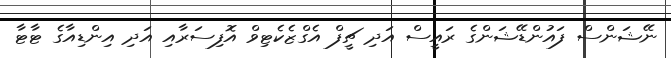
ނޭޝަންސް ފައުންޑޭޝަންގެ ރައީސް އަދި ޗީފް އެގްޒެކެޓިވް އޮފިސަރާއި އަދި އިންޑިއާގެ ޓާޓާ